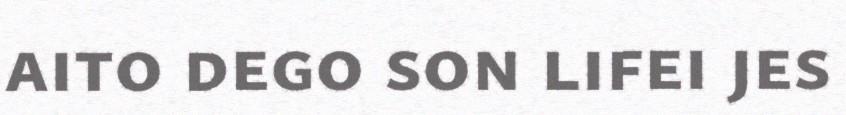
aito dego son lifei jes